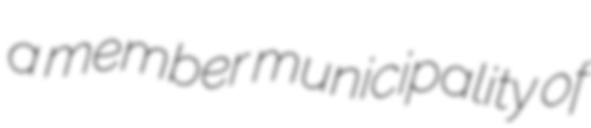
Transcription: a member municipality of